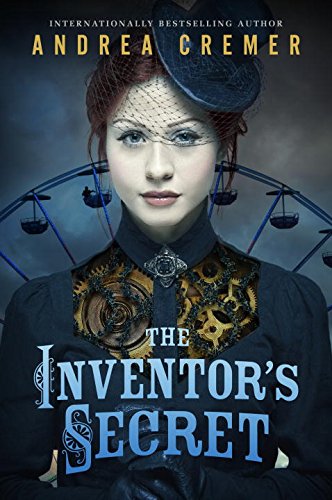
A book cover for The Inventor's Secret; Andrea Cremer; Teen & Young Adult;